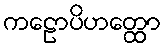
ကဠောပိဟတ္ထော